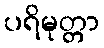
ပရိမုတ္တာ